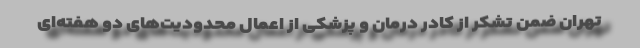
تهران ضمن تشکر از کادر درمان و پزشکی از اعمال محدودیت‌های دو هفته‌ای